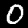
Digit: 0